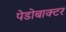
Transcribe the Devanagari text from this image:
पेडोबाक्टर